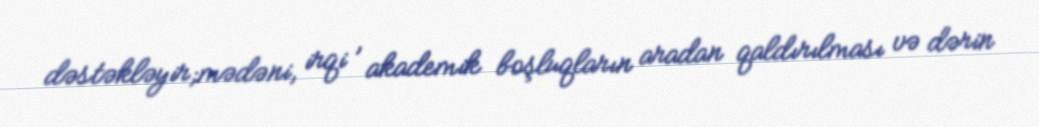
dəstəkləyir;mədəni, irqi , akademik boşluqların aradan qaldırılması və dərin